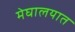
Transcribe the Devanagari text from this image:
मेघालयात